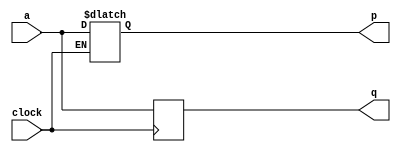
module top_module (
    input clock,
    input a,
    output p,
    output q );

    always @(*) begin
        p <= clock? a : p;
    end
    
    always @(negedge clock) begin
        q <= a;
    end
    
endmodule